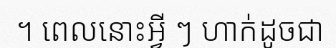
។ ពេលនោះអ្វី ៗ ហាក់ដូចជា